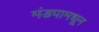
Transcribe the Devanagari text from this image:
मंडपामधून